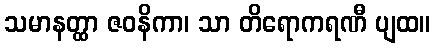
သမာနတ္ထာ ဇဝနိကာ၊ သာ တိရောကရဏီ ပျထ။